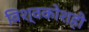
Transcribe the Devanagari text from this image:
विश्वकोशही